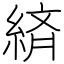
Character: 緕